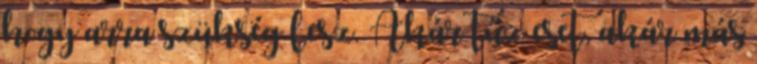
hogy arra szükség lesz. Akár tűz eset, akár más